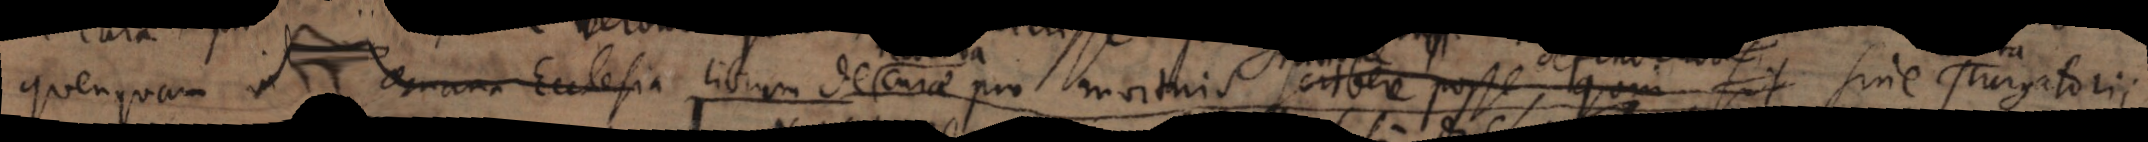
quenquam in Romana Ecclesia librum de cura pro mortuis scribere posse, quin sit sine purgatorii